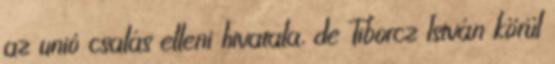
az unió csalás elleni hivatala, de Tiborcz István körül